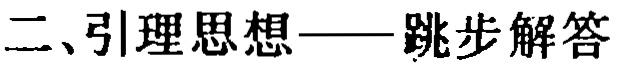
二、引理思想——跳步解答